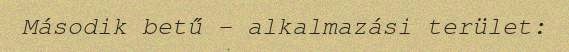
Második betű - alkalmazási terület: